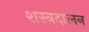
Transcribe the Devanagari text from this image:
शस्त्रदालन